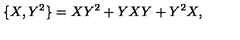
\{ X , Y ^ { 2 } \} = X Y ^ { 2 } + Y X Y + Y ^ { 2 } X ,